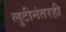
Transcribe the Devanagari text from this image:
लुटीनंतरही